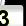
Digit: 3